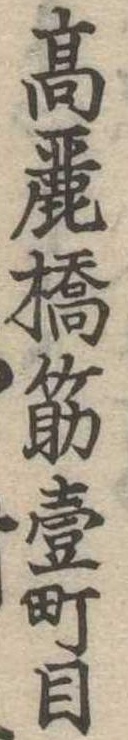
高麗橋筋壱町目